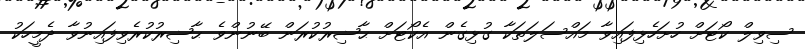
ސިވިލް ކޯޓަށް ހުށަހެޅިފައިވާ މައްސަލަތަކާ ގުޅިގެން އެކޯޓަށް ޙާޟިރުކުރަން ބޭނުންވެ ޙާޟިރުކުރެވިފައިނުވާ ދެމީހަކު